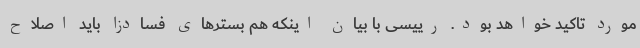
مورد تاکید خواهد بود. رییسی با بیان اینکه هم بسترهای فسادزا باید اصلاح